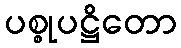
ပစ္စုပဋ္ဌိတော